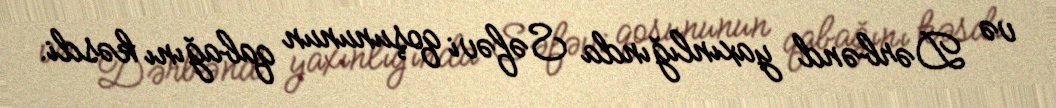
və Dərbənd yaxınlığında Səfəvi qoşununun qabağını kəsdi.